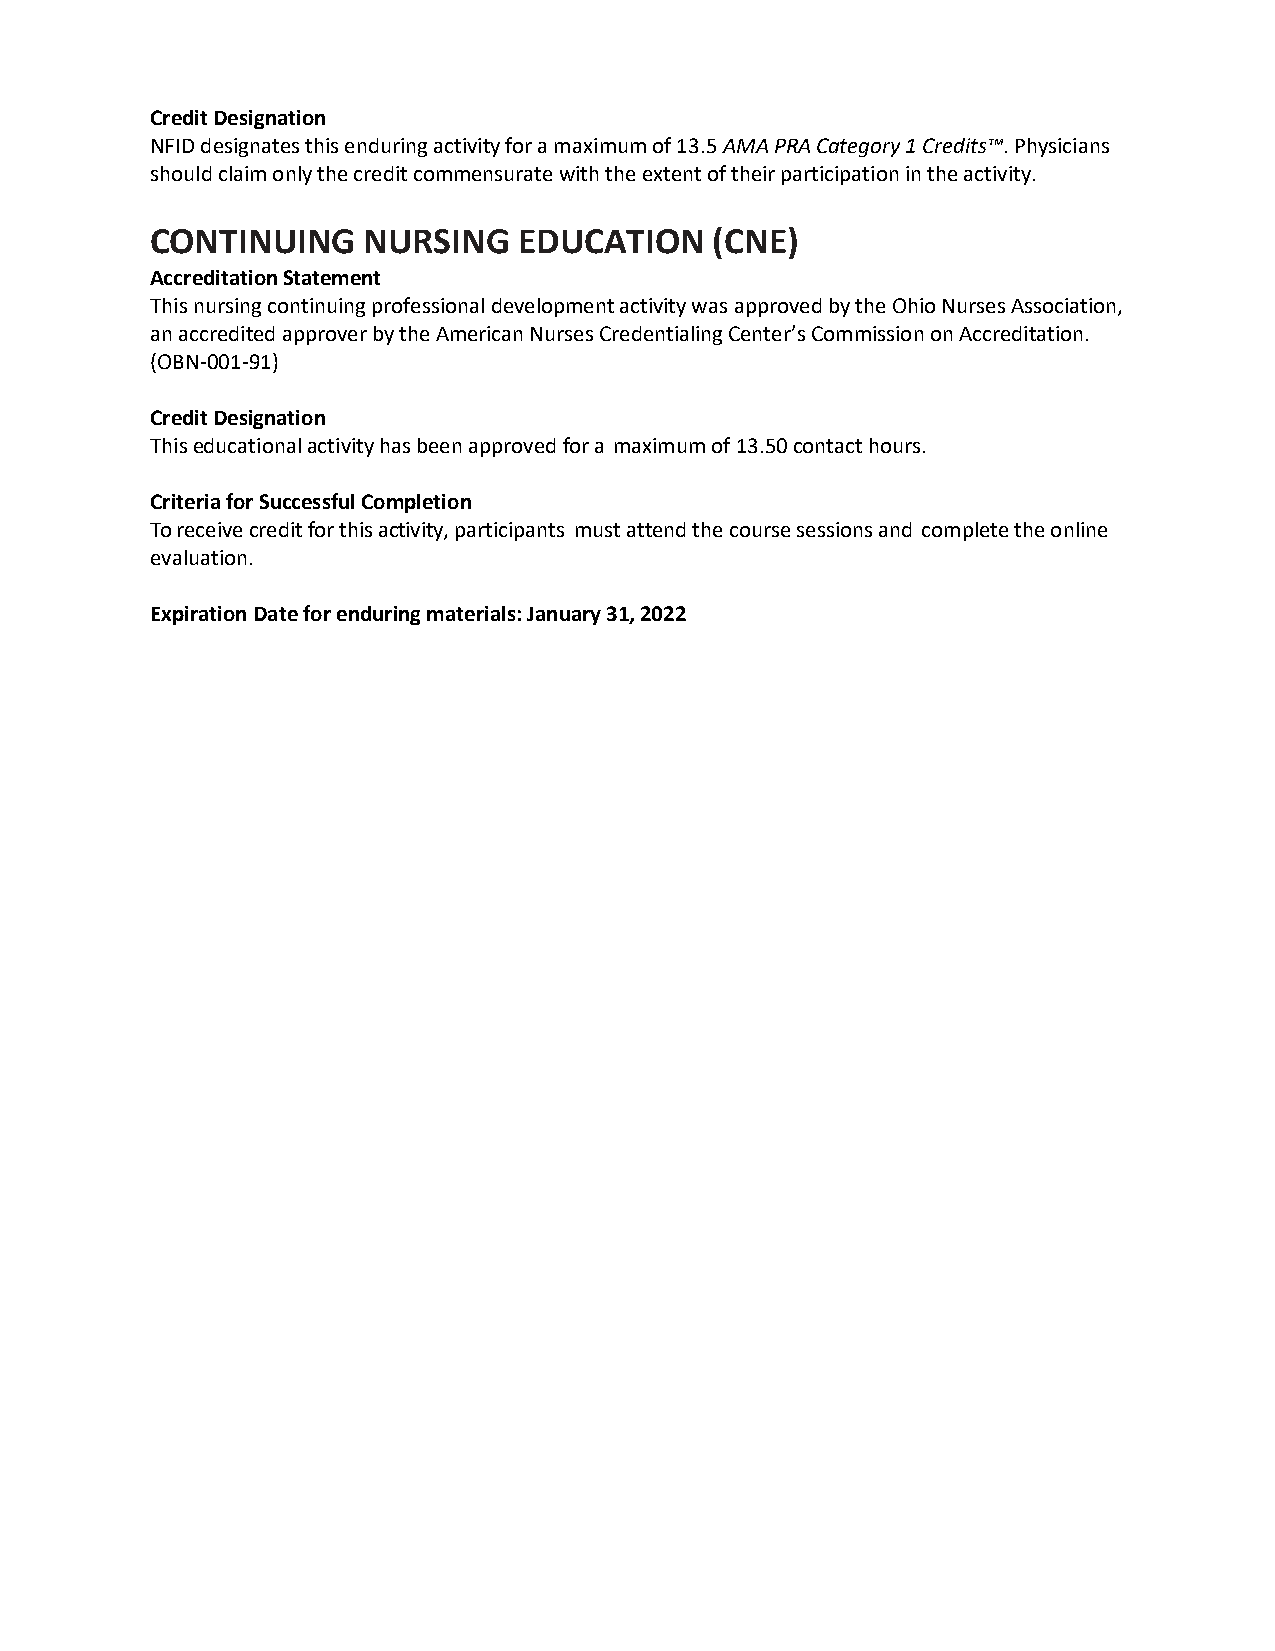
Credit Designation
 NFID designates this enduring activity for a maximum of 13.5 AMA PRA Category 1 Credits™. Physicians
 should claim only the credit commensurate with the extent of their participation in the activity.
 CONTINUING    NURSING   EDUCATION    (CNE)
 Accreditation Statement
 This nursing continuing professional development activity was approved by the Ohio Nurses Association,
 an accredited approver by the American Nurses Credentialing Center’s Commission on Accreditation.
 (OBN-001-91)
 Credit Designation
 This educational activity has been approved for a maximum of 13.50 contact hours.
 Criteria for Successful Completion
 To receive credit for this activity, participants must attend the course sessions and complete the online
 evaluation.
 Expiration Date for enduring materials: January 31, 2022